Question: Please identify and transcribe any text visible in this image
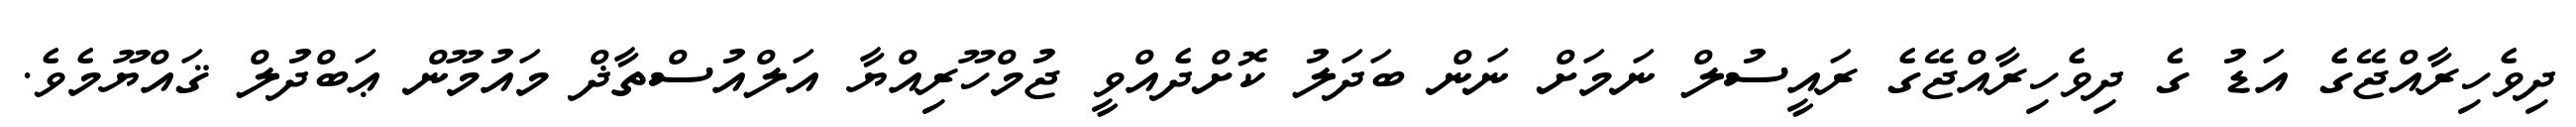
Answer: ދިވެހިރާއްޖޭގެ އަޑު ގެ ދިވެހިރާއްޖޭގެ ރައީސުލް ނަމަށް ނަން ބަދަލު ކޮށްދެއްވީ ޖުމްހޫރިއްޔާ އަލްއުސްތާޛް މައުމޫން ޢަބްދުލް ޤައްޔޫމެވެ.